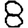
Digit: 8